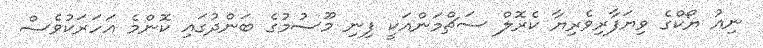
ނިއު ޔޯކްގެ ވިޔަފާރިވެރިޔާ ކެރޮލް ސަޗްމަންއަކީ ފިނި މޫސުމުގެ ބަންދުގައި ކޮންމެ އަހަރަކުވެސް